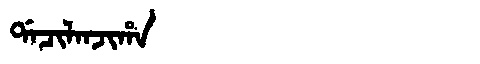
Manchu: ᡩᠠᠴᡳᠯᠠᠨᠵᡳᡥᠠ
Romanization: DACILANJIHA